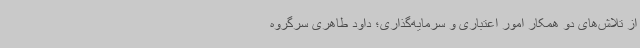
از تلاش‌های دو همکار امور اعتباری و سرمایه‌گذاری؛ داود طاهری سرگروه